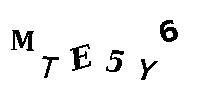
MTE5Y6